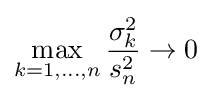
\max _{k=1,\ldots ,n}{\frac {\sigma _{k}^{2}}{s_{n}^{2}}}\to 0